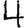
Digit: 4